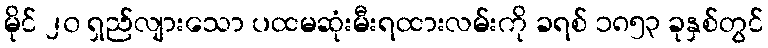
မိုင် ၂၀ ရှည်လျားသော ပထမဆုံးမီးရထားလမ်းကို ခရစ် ၁၈၅၃ ခုနှစ်တွင်